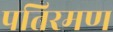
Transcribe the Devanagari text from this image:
पतिरमण